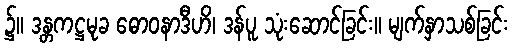
၌။ ဒန္တကဋ္ဌမုခ ဓောဝနာဒီဟိ၊ ဒန်ပူ သုံးဆောင်ခြင်း။ မျက်နှာသစ်ခြင်း